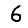
Digit: 6